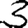
Digit: 3